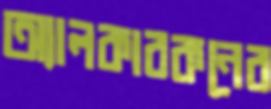
অ্যালকারকনের